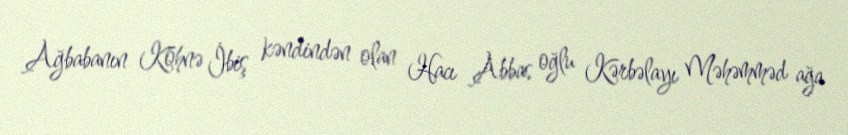
Ağbabanın Köhnə İbiş kəndindən olan Hacı Abbas oğlu Kərbəlayı Məhəmməd ağa